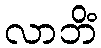
လာဘိံ